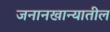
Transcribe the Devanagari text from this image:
जनानखान्यातील